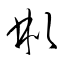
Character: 彬